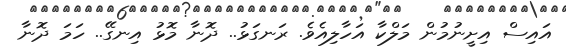
އައިސް އިށީނުމުން މަލްކާ އަހާލިއެވެ. ރަނގަޅު.. ދޮނާ މޮޅު އިނގޭ.. ހަމަ ދޮނާ